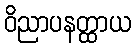
ဝိညာပနတ္ထာယ